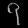
Digit: ၇